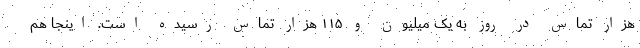
هزار تماس در روز به یک میلیون و ۱۱۵ هزار تماس رسیده است. اینجا هم